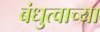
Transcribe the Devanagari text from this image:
बंधुत्वाच्या